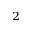
^ 2